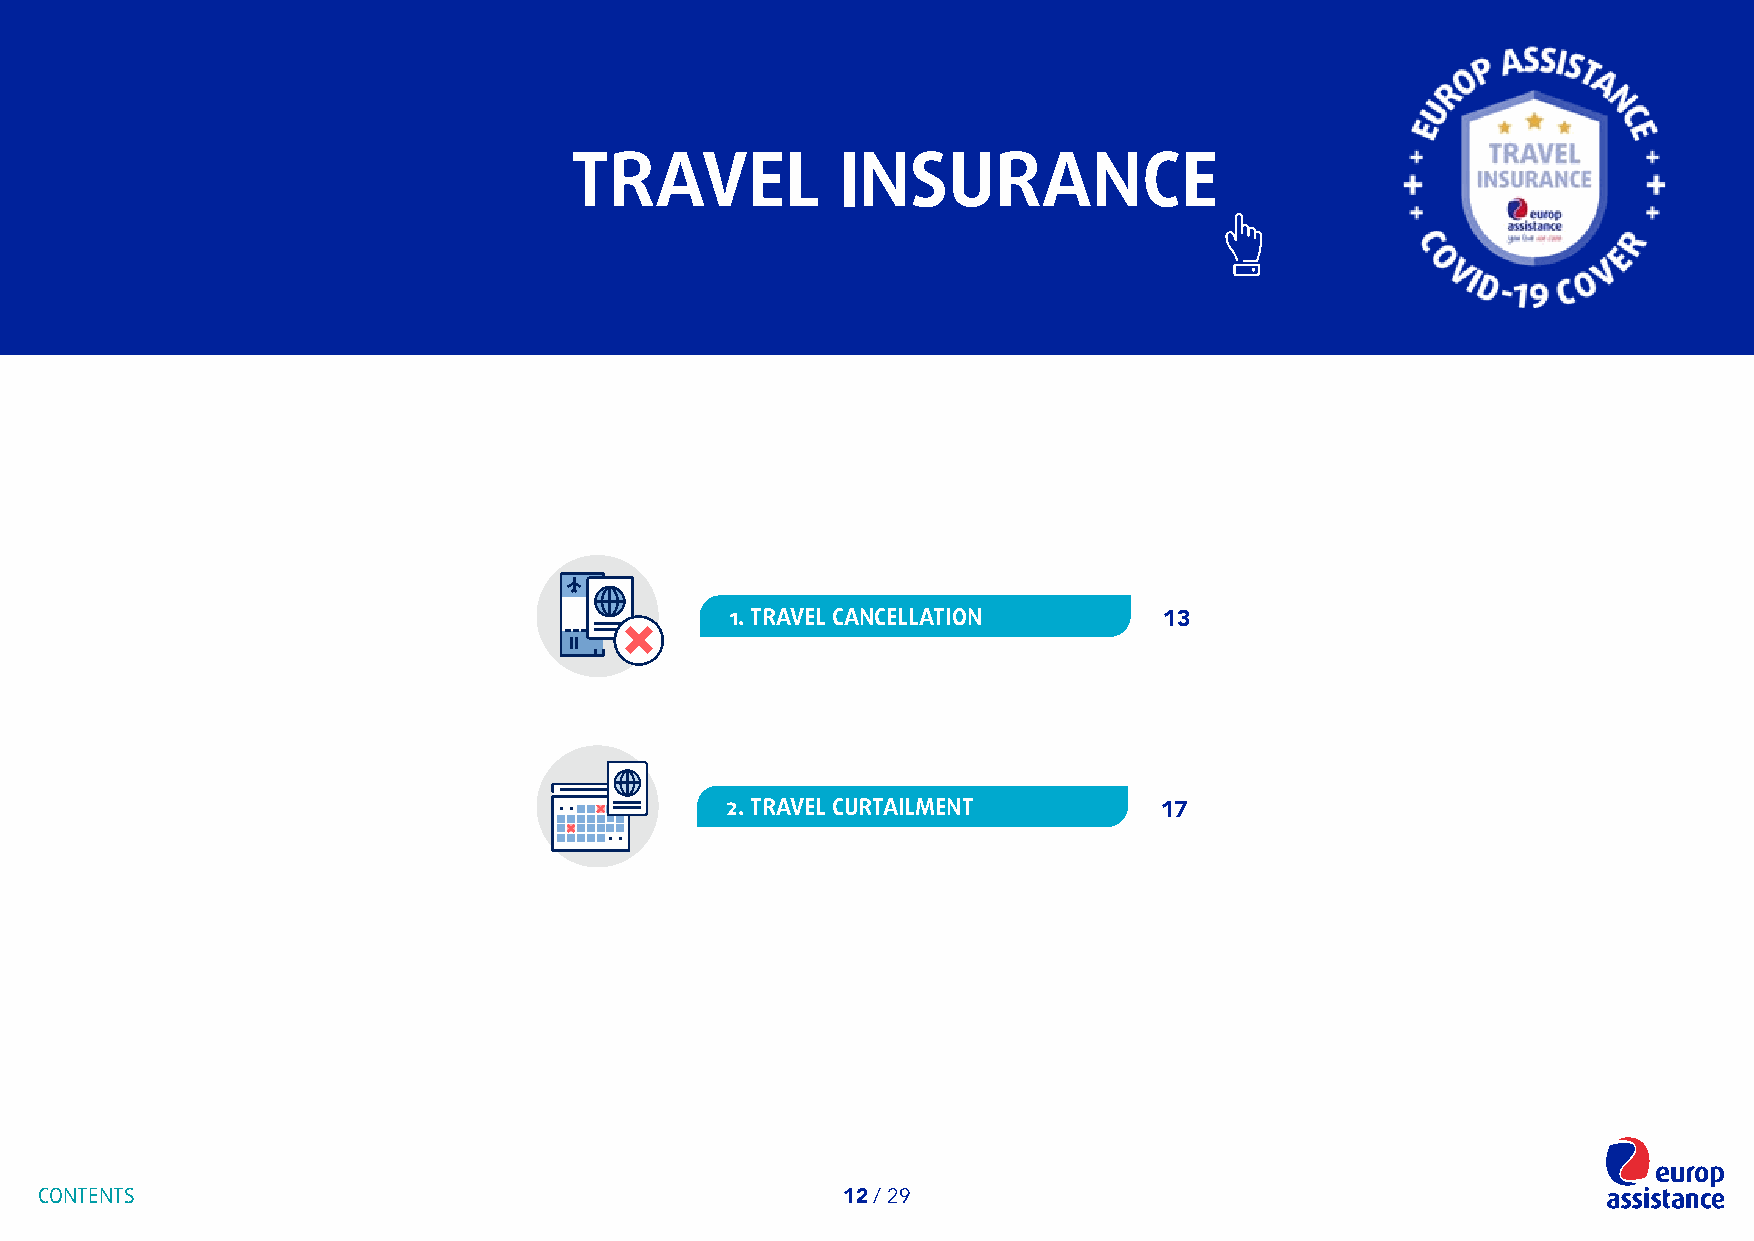
TRAVEL            INSURANCE
 1. TRAVEL CANCELLATION       13
 2. TRAVEL CURTAILMENT        17
 CONTENTS                                             12 / 29